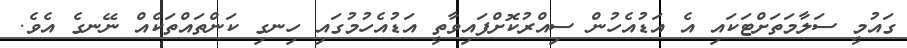
ގައުމީ ސަލާމަތަށްޓަކައި އެ އަޑުއެހުން ސިއްރުކޮށްފައިވާތީ އަޑުއެހުމުގައި ހިނގި ކަންތައްތަކެއް ނޭނގެ އެވެ.